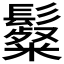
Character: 𩯞